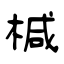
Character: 椷